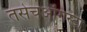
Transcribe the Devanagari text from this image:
तसेचऑगस्टा